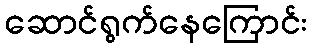
ဆောင်ရွက်နေကြောင်း